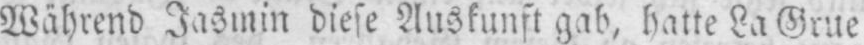
Während Jasmin diese Auskunft gab, hatte La Grue